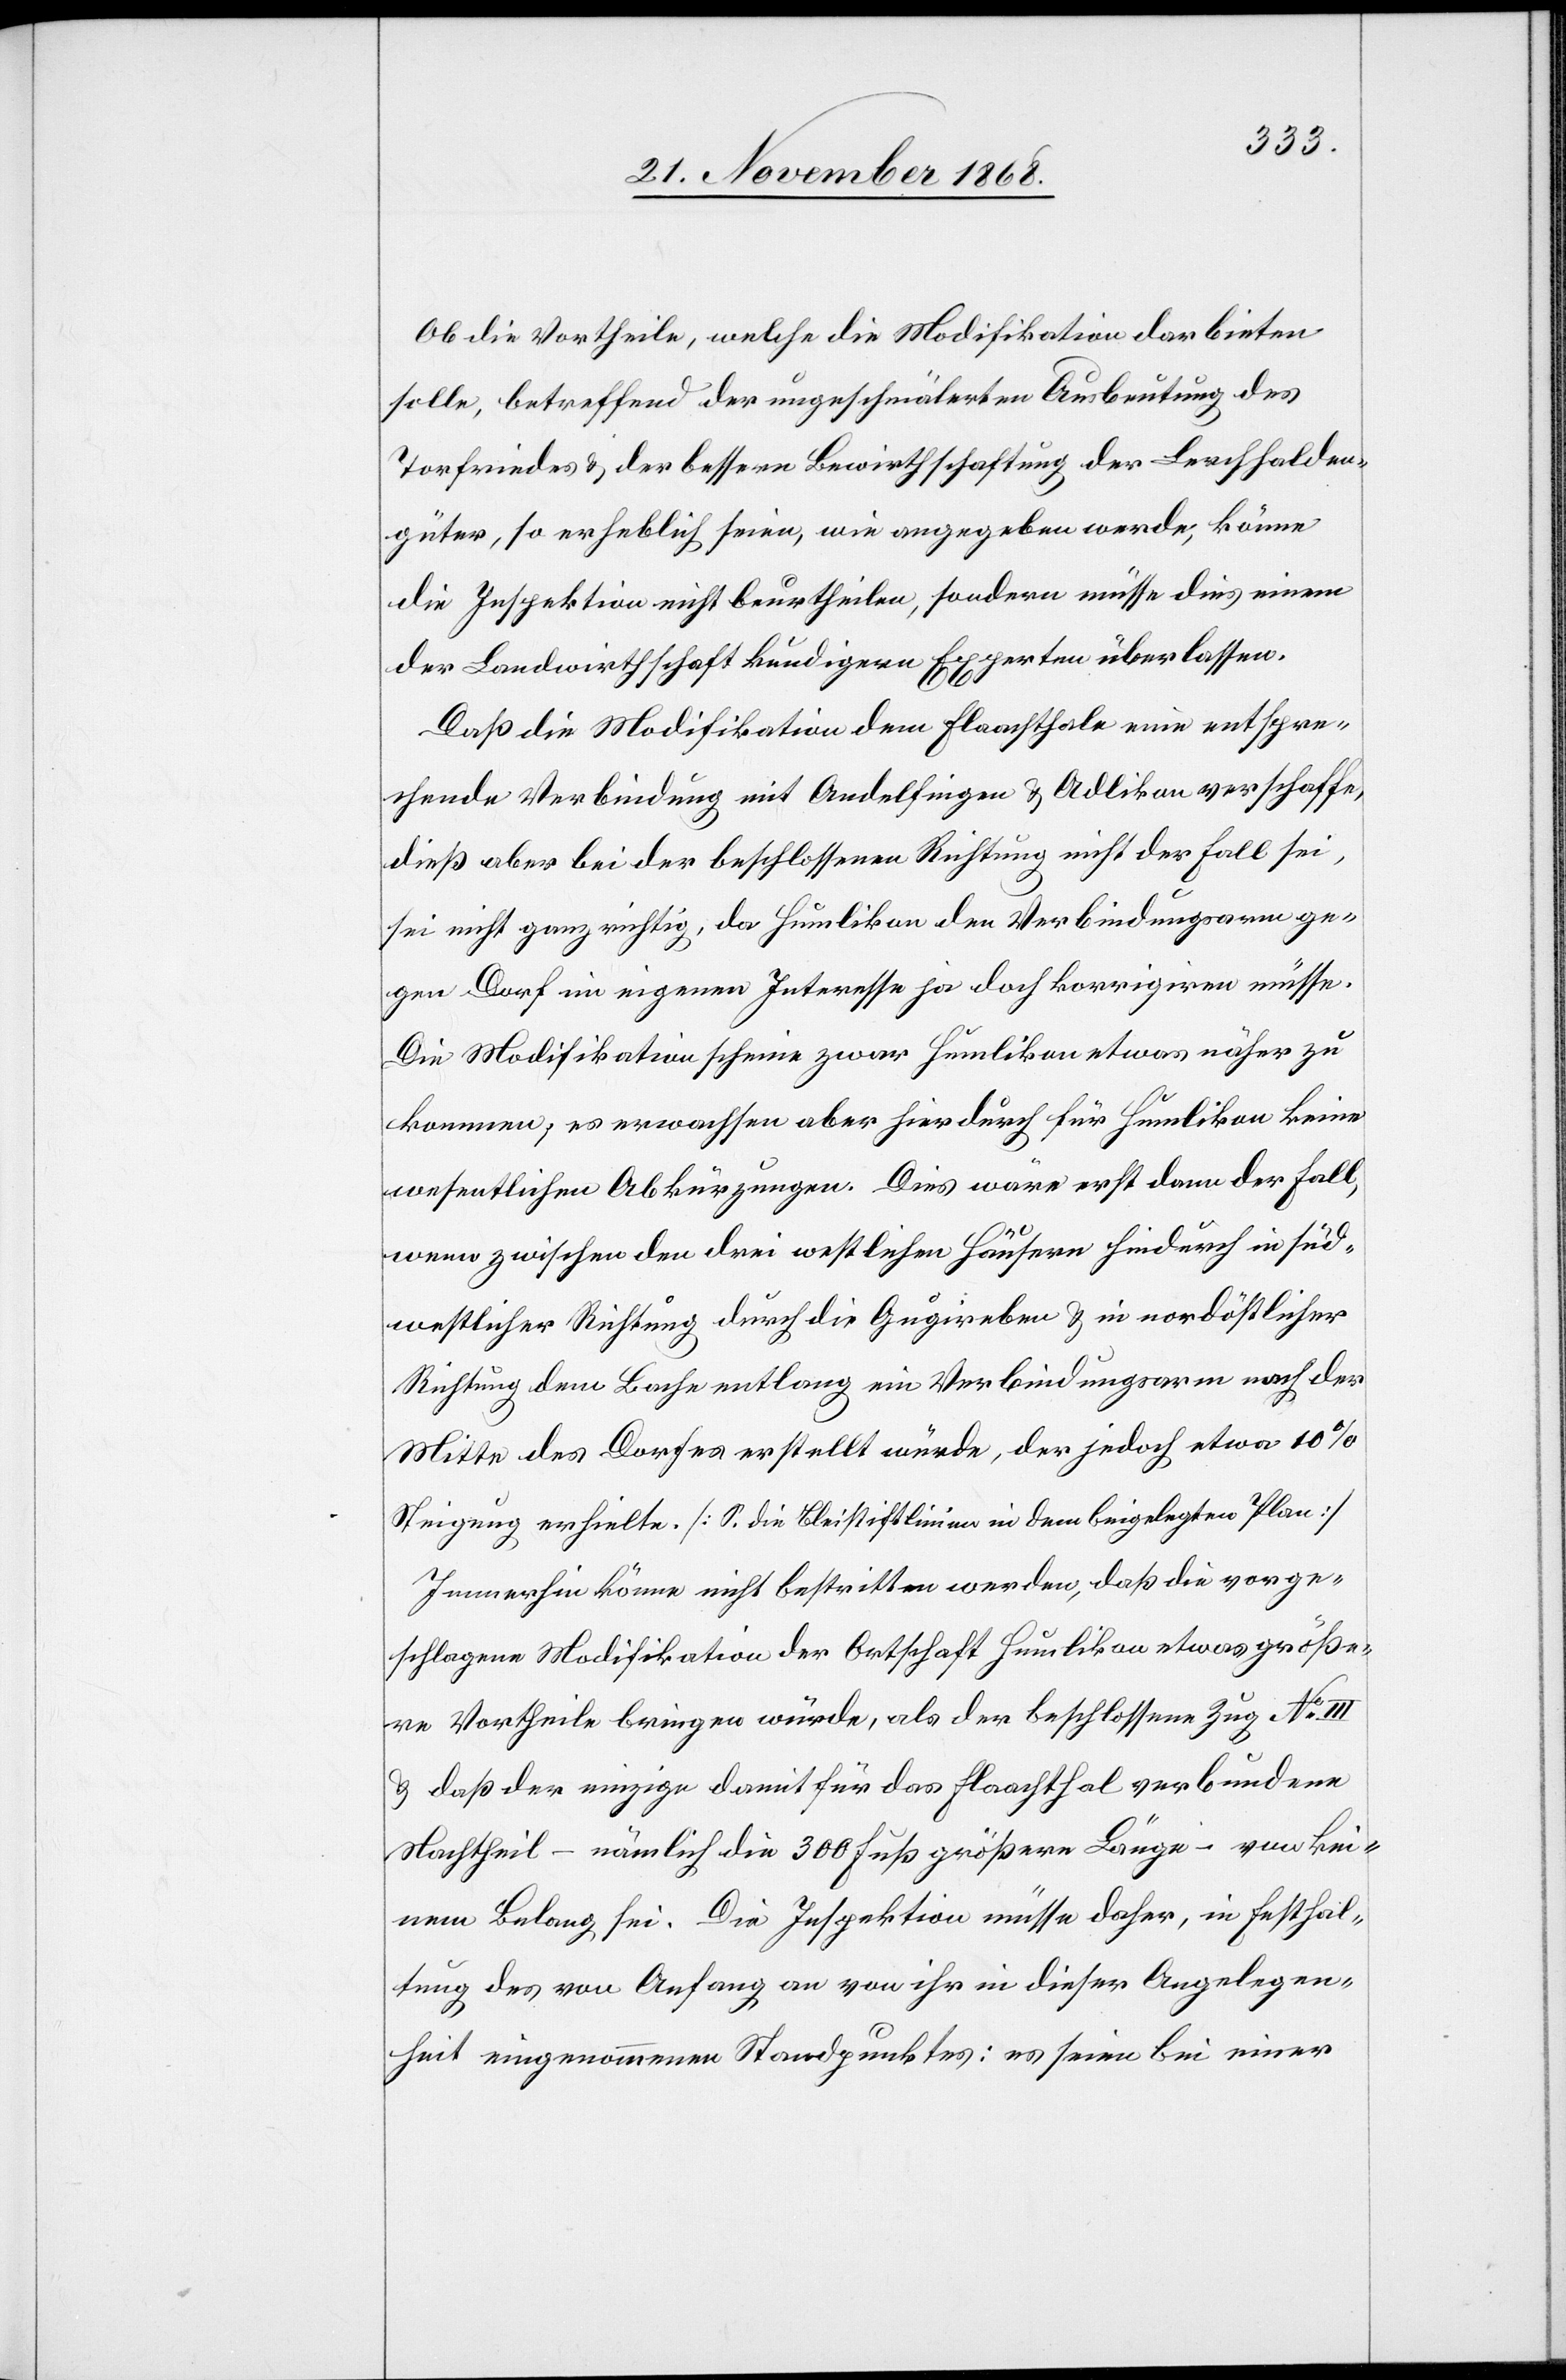
Ob die Vortheile, welche die Modifikation darbieten
solle, betreffend der ungeschmälerten Ausbeutung des
Torfriedes & der bessern Bewirthschaftung der Lerchhalden¬
güter, so erheblich seien, wie angegeben werde, könne
die Inspektion nicht beurtheilen, sondern müsse dies einem
der Landwirthschaft kundigern Experten überlassen.
Daß die Modifikation dem Flaachthale eine entspre¬
chende Verbindung mit Andelfingen & Adlikon verschaffe,
dieß aber bei der beschlossenen Richtung nicht der Fall sei,
sei nicht ganz richtig, da Humlikon den Verbindungsarm ge¬
gen Dorf im eigenen Interesse ja doch korrigiren müsse.
Die Modifikation scheine zwar Humlikon etwas näher zu
kommen; es erwachsen aber hierdurch für Humlikon keine
wesentlichen Abkürzungen. Dies wäre erst dann der Fall,
wenn zwischen den drei westlichen Häusern hindurch in süd¬
westlicher Richtung durch die Gugireben & in nordöstlicher
Richtung dem Bache entlang ein Verbindungsarm nach der
Mitte des Dorfes erstellt würde, der jedoch etwa 10%
Steigung erhielte. [S. die Bleistiftlinien in dem beigelegten Plan]
Immerhin könne nicht bestritten werden, daß die vorge¬
schlagene Modifikation der Ortschaft Humlikon etwas größe¬
re Vortheile bringen würde, als der beschlossene Zug No III
& daß der einzige damit für das Flaachthal verbundene
Nachtheil – nämlich die 300 Fuß größere Länge – von kei¬
nem Belang sei. Die Inspektion müsse daher, in Festhal¬
tung des von Anfang an von ihr in dieser Angelegen¬
heit eingenommenen Standpunktes: es seien bei einer